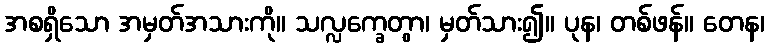
အစရှိသော အမှတ်အသားကို။ သလ္လက္ခေတွာ၊ မှတ်သား၍။ ပုန၊ တစ်ဖန်။ တေန၊